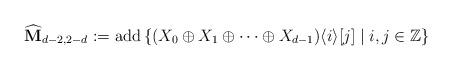
LaTeX: \begin{align*}\widehat{\mathbf{M}}_{d-2,2-d}:=\mathrm{add}\left\{(X_0\oplus X_1\oplus\cdots \oplus X_{d-1})\langle i\rangle[j]\mid i,j\in \mathbb{Z} \right\}\end{align*}